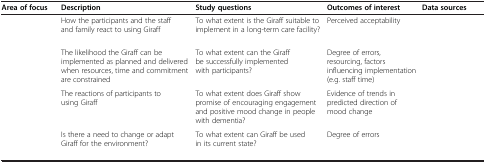
<table><thead><tr><td><b>Area of focus</b></td><td><b>Description</b></td><td><b>Study questions</b></td><td><b>Outcomes of interest</b></td><td><b>Data sources</b></td></tr></thead><tbody><tr><td>[EMPTY_CELL]</td><td>How the participants and the staff and family react to using Giraff</td><td>To what extent is the Giraff suitable to implement in a long-term care facility?</td><td>Perceived acceptability</td><td>[EMPTY_CELL]</td></tr><tr><td>[EMPTY_CELL]</td><td>The likelihood the Giraff can be implemented as planned and delivered when resources, time and commitment are constrained</td><td>To what extent can the Giraff be successfully implemented with participants?</td><td>Degree of errors, resourcing, factors influencing implementation (e.g. staff time)</td><td>[EMPTY_CELL]</td></tr><tr><td>[EMPTY_CELL]</td><td>The reactions of participants to using Giraff</td><td>To what extent does Giraff show promise of encouraging engagement and positive mood change in people with dementia?</td><td>Evidence of trends in predicted direction of mood change</td><td>[EMPTY_CELL]</td></tr><tr><td>[EMPTY_CELL]</td><td>Is there a need to change or adapt Giraff for the environment?</td><td>To what extent can Giraff be used in its current state?</td><td>Degree of errors</td><td>[EMPTY_CELL]</td></tr></tbody></table>